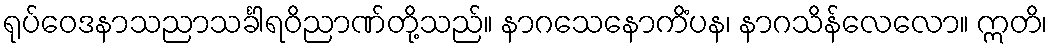
ရုပ်ဝေဒနာသညာသင်္ခါရဝိညာဏ်တို့သည်။ နာဂသေနောကိံပန၊ နာဂသိန်လေလော။ ဣတိ၊